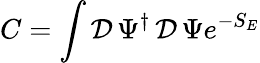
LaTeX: C=\int\mathcal{D}\, \Psi^{\dagger}\, \mathcal{D}\, \Psi e^{-S_{E}}